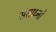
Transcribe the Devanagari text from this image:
संसाध्नों